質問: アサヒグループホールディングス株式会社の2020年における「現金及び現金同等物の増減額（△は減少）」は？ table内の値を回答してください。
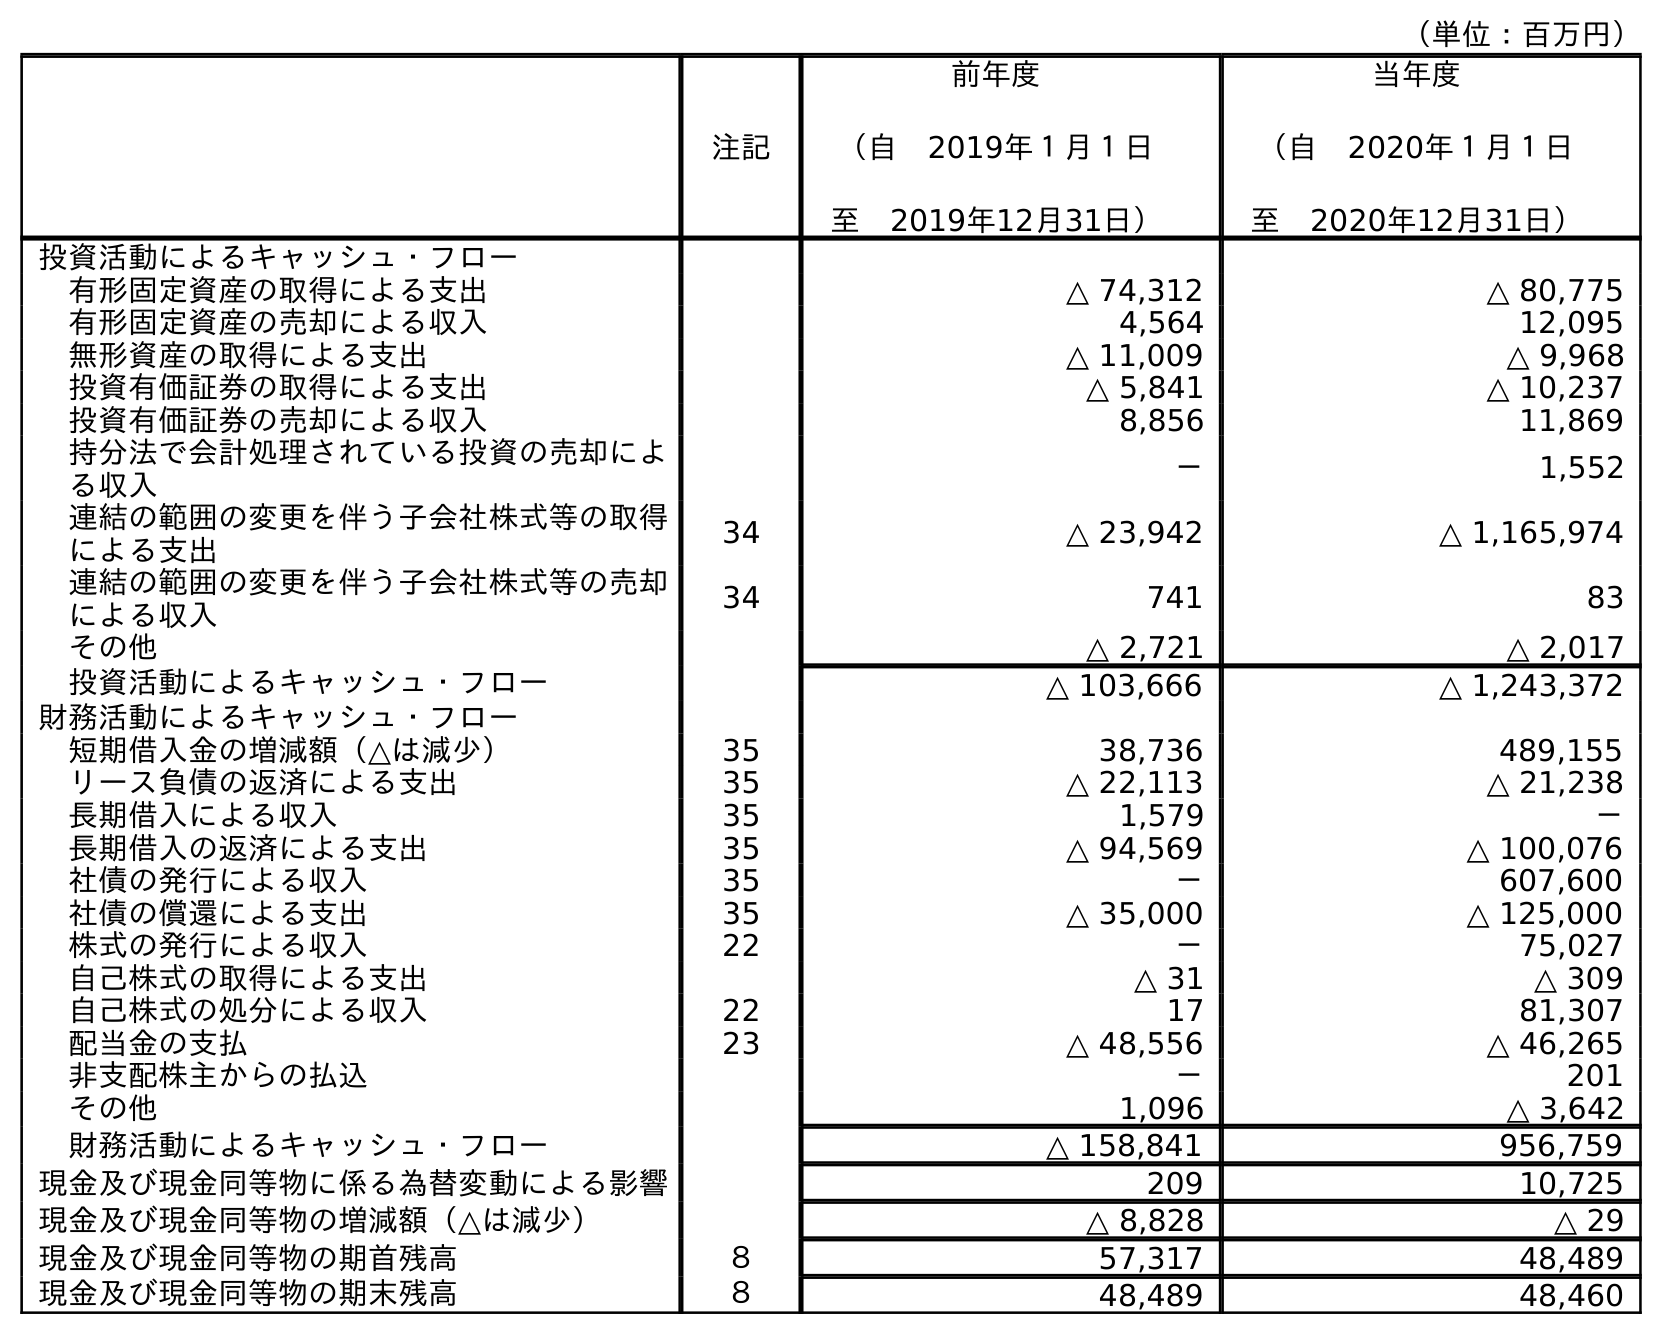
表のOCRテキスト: （単位：百万円） 注記 前年度 （自 2019年１月１日 至 2019年12月31日） 当年度 （自 2020年１月１日 至 2020年12月31日） 投資活動によるキャッシュ・フロー 有形固定資産の取得による支出 △ 74,312 △ 80,775 有形固定資産の売却による収入 4,564 12,095 無形資産の取得による支出 △ 11,009 △ 9,968 投資有価証券の取得による支出 △ 5,841 △ 10,237 投資有価証券の売却による収入 8,856 11,869 持分法で会計処理されている投資の売却によ る収入 － 1,552 連結の範囲の変更を伴う子会社株式等の取得 による支出 34 △ 23,942 △ 1,165,974 連結の範囲の変更を伴う子会社株式等の売却 による収入 34 741 83 その他 △ 2,721 △ 2,017 投資活動によるキャッシュ・フロー △ 103,666 △ 1,243,372 財務活動によるキャッシュ・フロー 短期借入金の増減額（△は減少） 35 38,736 489,155 リース負債の返済による支出 35 △ 22,113 △ 21,238 長期借入による収入 35 1,579 － 長期借入の返済による支出 35 △ 94,569 △ 100,076 社債の発行による収入 35 － 607,600 社債の償還による支出 35 △ 35,000 △ 125,000 株式の発行による収入 22 － 75,027 自己株式の取得による支出 △ 31 △ 309 自己株式の処分による収入 22 17 81,307 配当金の支払 23 △ 48,556 △ 46,265 非支配株主からの払込 － 201 その他 1,096 △ 3,642 財務活動によるキャッシュ・フロー △ 158,841 956,759 現金及び現金同等物に係る為替変動による影響 209 10,725 現金及び現金同等物の増減額（△は減少） △ 8,828 △ 29 現金及び現金同等物の期首残高 ８ 57,317 48,489 現金及び現金同等物の期末残高 ８ 48,489 48,460
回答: △29